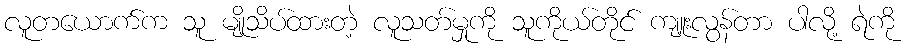
လူတယောက်က သူ မျိုသိပ်ထားတဲ့ လူသတ်မှုကို သူကိုယ်တိုင် ကျူးလွန်တာ ပါလို့ ရဲကို